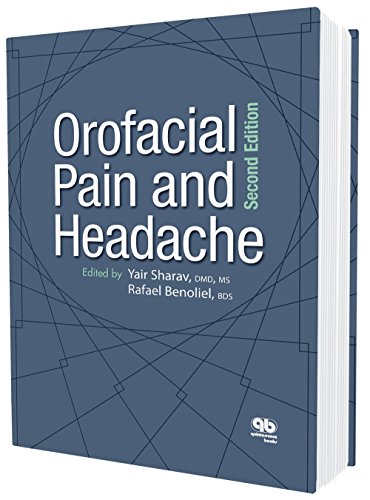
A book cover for Orofacial Pain and Headache, Second Edition; Yair Sharav; Medical Books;